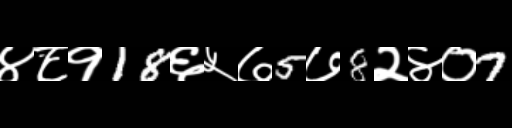
Text: ४८१18६५७5७8२४०7